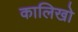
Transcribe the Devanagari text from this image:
कालिखो